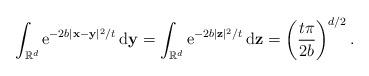
LaTeX: \begin{align*}\int_{\mathbb{R}^{d}}\mathrm{e}^{-2b|\mathbf{x}-\mathbf{y}|^2/t}\,\textnormal{d}\mathbf{y} =\int_{\mathbb{R}^{d}}\mathrm{e}^{-2b|\mathbf{z}|^2/t}\,\textnormal{d}\mathbf{z}=\left(\frac{t\pi}{2b}\right)^{d/2}.\end{align*}